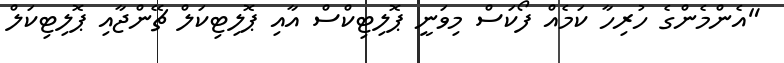
"އެންމެންގެ ހުރިހާ ކަމެއް ފޯކަސް މިވަނީ ޕޮލިޓިކްސް އާއި ޕޮލިޓިކަލް ޗޭންޖާއި ޕޮލިޓިކަލް